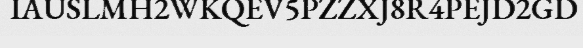
IAUSLMH2WKQEV5PZZXJ8R4PEJD2GD